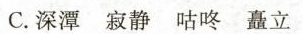
C.深潭 寂静 咕咚 矗立